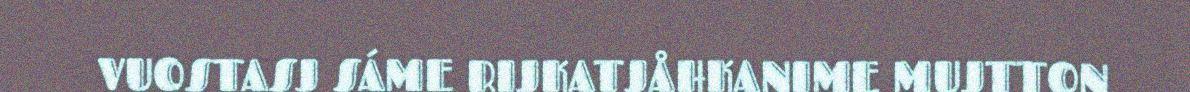
VUOSTASJ SÁME RIJKATJÅHKANIME MUJTTON